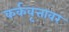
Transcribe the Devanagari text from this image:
कर्कवृत्तावर